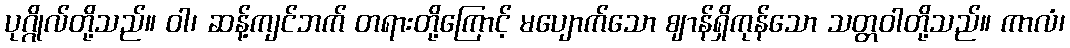
ပုဂ္ဂိုလ်တို့သည်။ ဝါ၊ ဆန့်ကျင်ဘက် တရားတို့ကြောင့် မပျောက်သော ဈာန်ရှိကုန်သော သတ္တဝါတို့သည်။ ကာလံ၊